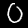
Label: 0